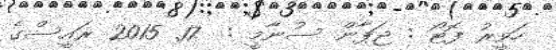
ހަވީރު ފޮޓޯ : ޖަޕާން ސުނާމީ :  17